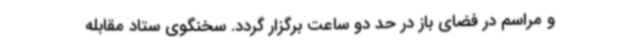
و مراسم در فضای باز در حد دو ساعت برگزار گردد. سخنگوی ستاد مقابله